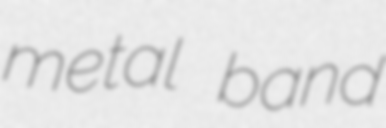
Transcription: metal band